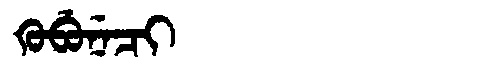
Manchu: ᡴᡠᠪᡠᠨᡝᠴᡳ
Romanization: KUBUNECI